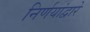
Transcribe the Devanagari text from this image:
निर्णयांद्वारे